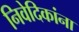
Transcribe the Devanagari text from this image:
निवेदिकांना